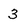
Character: 3